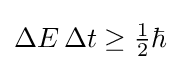
\Delta E\,\Delta t\geq {\tfrac {1}{2}}\hbar ~